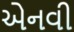
એનવી